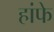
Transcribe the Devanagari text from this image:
हांफे